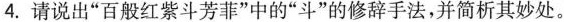
4.请说出”百般红紫斗芳菲”中的”斗”的修辞手法，并简析其妙处。